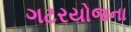
ગટરયોજના